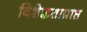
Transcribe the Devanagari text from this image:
विशेज्ञताप्राप्त